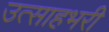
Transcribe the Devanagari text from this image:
उत्साहभरी